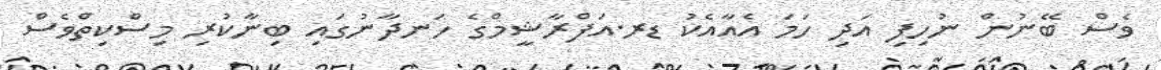
ވެސް ބޭނުން ނުހިފި އަދި ހަމަ އެއާއެކު ޑރ.އަފްރާޝީމްގެ ހަނދާނުގައި ބިނާކުރި މިސްކިތްވެސް